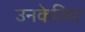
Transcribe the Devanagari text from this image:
उनकेलिए